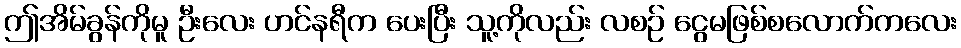
ဤအိမ်ခွန်ကိုမူ ဦးလေး ဟင်နရီက ပေးပြီး သူ့ကိုလည်း လစဉ် ငွေမဖြစ်စလောက်ကလေး